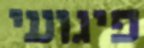
פיגועי